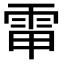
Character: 𩂘